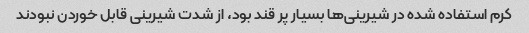
کرم استفاده شده در شیرینی‌ها بسیار پر قند بود، از شدت شیرینی قابل خوردن نبودند